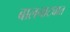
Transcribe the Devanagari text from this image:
बालनाट्यात